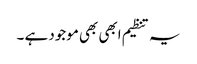
یہ تنظیم ابھی بھی موجود ہے ۔